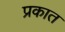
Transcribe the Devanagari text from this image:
प्रकात